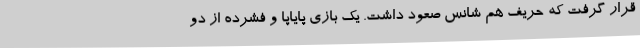
قرار گرفت که حریف هم شانس صعود داشت. یک بازی پایاپا و فشرده از دو